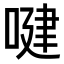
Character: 𠸻